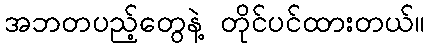
အဘတပည့်တွေနဲ့ တိုင်ပင်ထားတယ်။